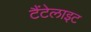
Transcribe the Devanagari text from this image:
टैंटेलाइट